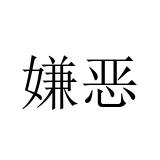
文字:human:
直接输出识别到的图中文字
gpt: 嫌恶